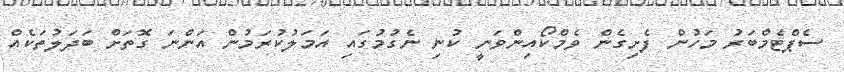
ސެޕްޓެމްބަރު މަހުން ފެށިގެން ވެމްކޯއިންވަނީ ކުނި ނެގުމުގައި އަމަލުކުރަމުން އަންނަ ގޮތަށް ބަދަލުތަކެއް